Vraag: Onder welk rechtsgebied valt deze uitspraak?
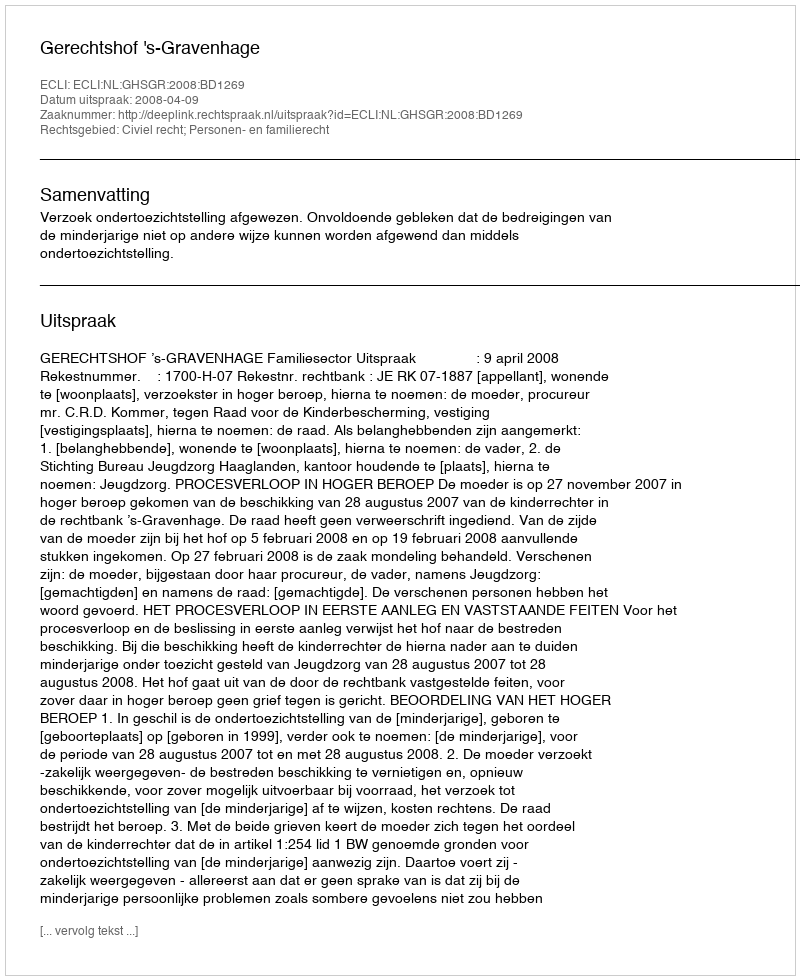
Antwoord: Civiel recht; Personen- en familierecht